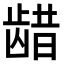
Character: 𫜬